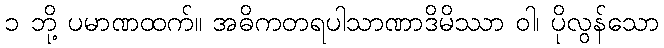
၁ ဘို့ ပမာဏထက်။ အဓိကတရပါသာဏာဒိမိဿာ ဝါ၊ ပိုလွန်သော